Quinine and its salts - Number 41
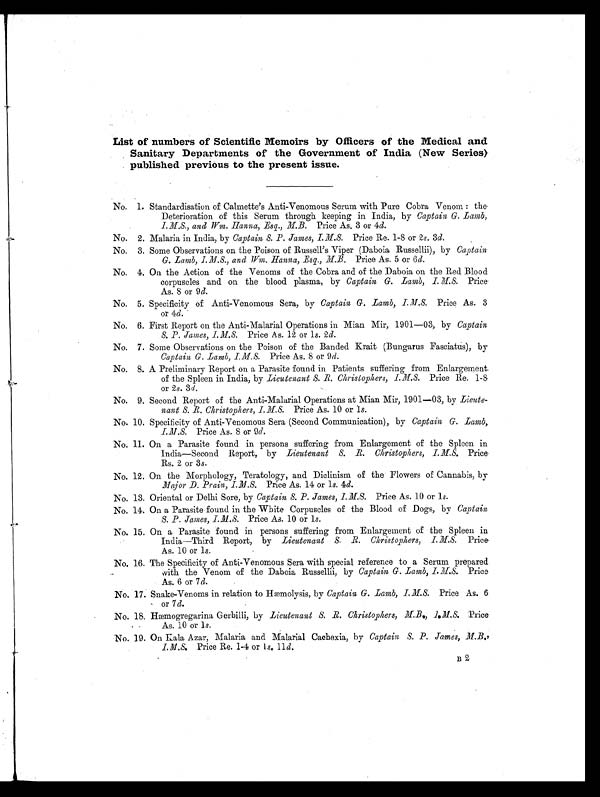
List of numbers of Scientific Memoirs by Officers of the Medical and
Sanitary Departments of the Government of India (New Series)
published previous to the present issue.
No. 1. Standardisation of Calmette's Anti-Venomous Serum with Pure Cobra Venom: the
Deterioration of this Serum through keeping in India, by Captain G. Lamb,
I.MS., and Wm. Hanna, Esq., M.B. Price As. 3 or 4d.
No. 2. Malaria in India, by Captain S. P. James, I.M.S. Price Re. 1-8 or 2s. 3d.
No. 3. Some Observations on the Poison of Russell's Viper (Daboia Russellii), by Captain
G. Lamb, I.M.S., and Wm. Hanna, Esq., M.B. Price As. 5 or 6d.
No. 4. On the Action of the Venoms of the Cobra and of the Daboia on the Red Blood
corpuscles and on the blood plasma, by Captain G. Lamb, I.M.S. Price
As. 8 or 9 d.
No. 5. Specificity of Anti-Venomous Sera, by Captain G. Lamb, I.M.S. Price As. 3
or 4d.
No. 6. First Report on the Anti-Malarial Operations in Mian Mir, 1901—03, by Captain,
S. P. James, I.M.S. Price As. 12 or ls. 2d.
No. 7. Some Observations on the Poison of the Banded Krait (Bungarus Fasciatus), by
Captain, G. Lamb, I.M.S. Price As. 8 or 9 d.
No. 8. A Preliminary Report on a Parasite found in Patients suffering from Enlargement
of the Spleen in India, by Lieutenant S. R. Christophers, I.M.S. Price Re. 1-8
or 2s. 3d.
No. 9. Second Report of the Anti-Malarial Operations at Mian Mir, 1901-03, by Lieute-
nant S. R. Christophers, I.M.S. Price As. 10 or 1s.
No. 10. Specificity of Anti-Venomous Sera (Second Communication), by Captain G. Lamb,
I.M.S. Price As. S or 9 d.
No. 11. On a Parasite found in persons suffering from Enlargement of the Spleen in
India-Second Report, by Lieutenant S. R. Christophers, I.M.S. Price
Rs. 2 or 3s.
No. 12. On the Morphology, Teratology, and Diclinism of the Flowers of Cannabis, by
Major D. Prain, I.M.S. Price As. 14 or 1s. 4d.
No. 13. Oriental or Delhi Sore, by Captain S. P. James, I.M.S. Price As. 10 or ls.
No. 14. On a Parasite found in the White Corpuscles of the Blood of Dogs, by Captain
S. P. James, I.M.S. Price As. 10 or 1s.
No. 15. On a Parasite found in persons suffering from Enlargement of the Spleen in
India—Third Report, by Lieutenant S. R. Christophers, I.M.S. Price
As. 10 or 1s.
No. 16. The Specificity of Anti-Venomous Sera with special reference to a Serum prepared
with the Venom of the Daboia Russellii, by Captain G. Lamb, I.M.S. Price
As. 6 or 7d.
No. 17. Snake-Venoms in relation to Hæmolysis, by Captain G. Lamb, I.M.S. Price As. 6
or 7 d.
No. 18. Hæmogregarina Gerbilli, by Lieutenant S. R. Christophers, M.B., I.M.S. Price
As. 10 or 1s.
No. 19. On Kala Azar, Malaria and Malarial Cachexia, by Captain S. P. James, M.B.,
I.M.S. Price Re. 1-4 or 1s. 11d.